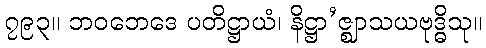
၇၉၃။ ဘဝဘေဒေ ပတိဋ္ဌာယံ၊ နိဋ္ဌာ’ဇ္ဈာသယဗုဒ္ဓိသု။